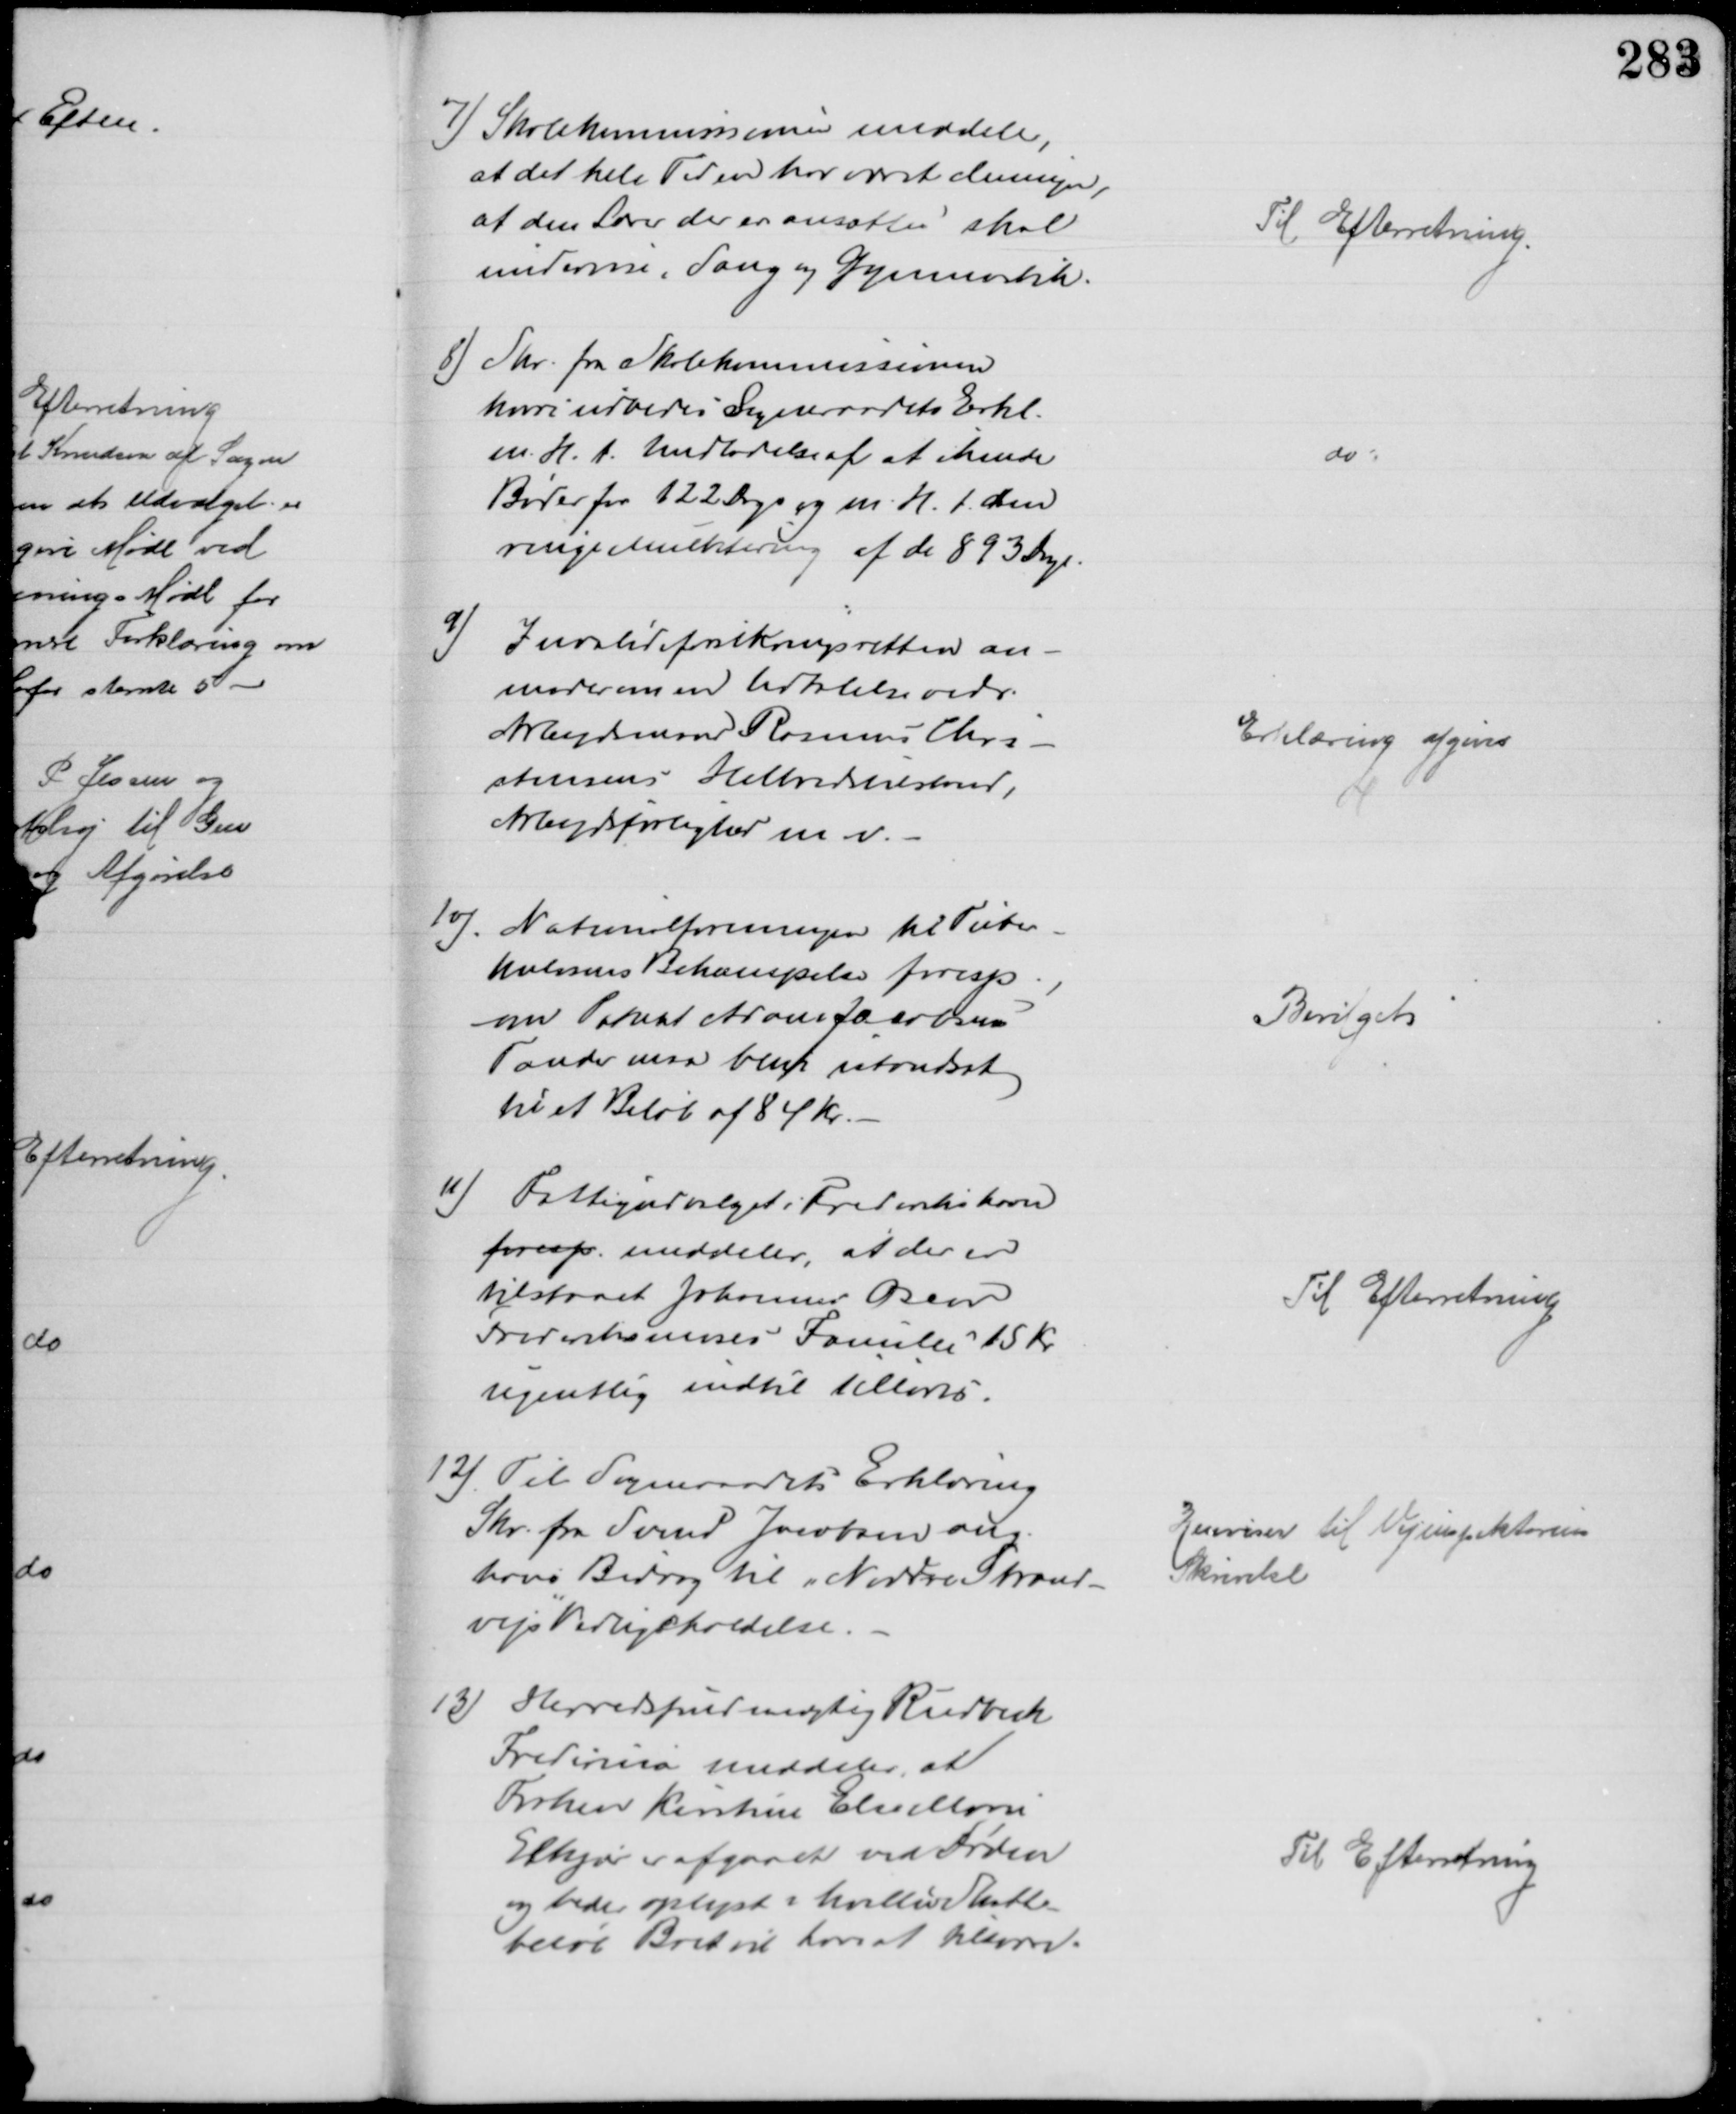
Transskription:
7) Skolekommissionen meddeler,
at det hele Tiden har været Meningen,
at den Lærer der er ansættes skal
undervise i Sang og Gymnastik.
Til Efterretning.
8) Skr. fra Skolekommissionen
hvori udbedes Sogneraadets Erkl.
m. H. t. Undladelse af at ikende
Bøder for 122 Dage og m. H. t. den
ringe Mulktering af de 893 Dage
do
9)
Invalideforsikringsretten an-
moder om en Udtalelse vedr.
Arbejdsmand Rasmus Chri-
stensens Helbredstilstand,
Arbejdsførlighed m. v.
Erklæring afgives
10)
Nationalforeningen til Tuber-
kulosens Bekæmpelse foresp.,
om Patient Adam Jacobsens
Tænder maa blive istandsat
til et Beløb af 84 Kr.
Bevilget
11)
Fattigudvalget i Frederikshavn
foresp. meddeler, at der er
tilstaaet Johannes Oscar
Frederiksmoses Familie 15 Kr
ugentlig indtil 1 Marts.
Til Efterretning
12) Til Sogneraadets Erklæring
Skr. fra Svend Jacobsen ang.
hans Bidrag til "Nordre Strand-
vejs" Vedligeholdelse.
Henvises til Vejinspektørens
Skrivelse
13)
Herredsfuldmægtig Rudbeck
Fredericia meddeler, at
Frøken Kirstine Else Marie
Elkjær er afgaaet ved Døden
og beder oplyst i hvilket Skatte-
beløb Boet vil have at tilsvare.
Til Efterretning